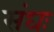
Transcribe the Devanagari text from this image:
संघः